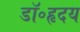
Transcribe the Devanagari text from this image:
डॉ॰हृदय